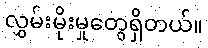
လွှမ်းမိုးမှုတွေရှိတယ်။